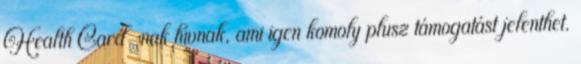
Health Card-nak hívnak, ami igen komoly plusz támogatást jelenthet.